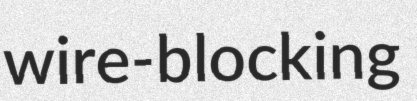
wire-blocking